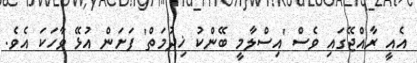
އެއީ ރާއްޖޭގައި ވެސް 'އިސްލާމީ ބޭންކު ޚިދުމަތް' ފަށަން އުޅޭ ވާހަކަ އެވެ.